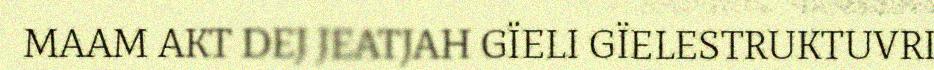
MAAM AKT DEJ JEATJAH GÏELI GÏELESTRUKTUVRI